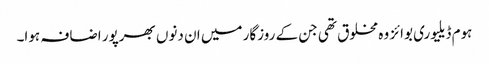
ہوم ڈیلیوری بوائز وہ مخلوق تھی جن کے روزگار میں ان دنوں بھرپور اضافہ ہوا۔